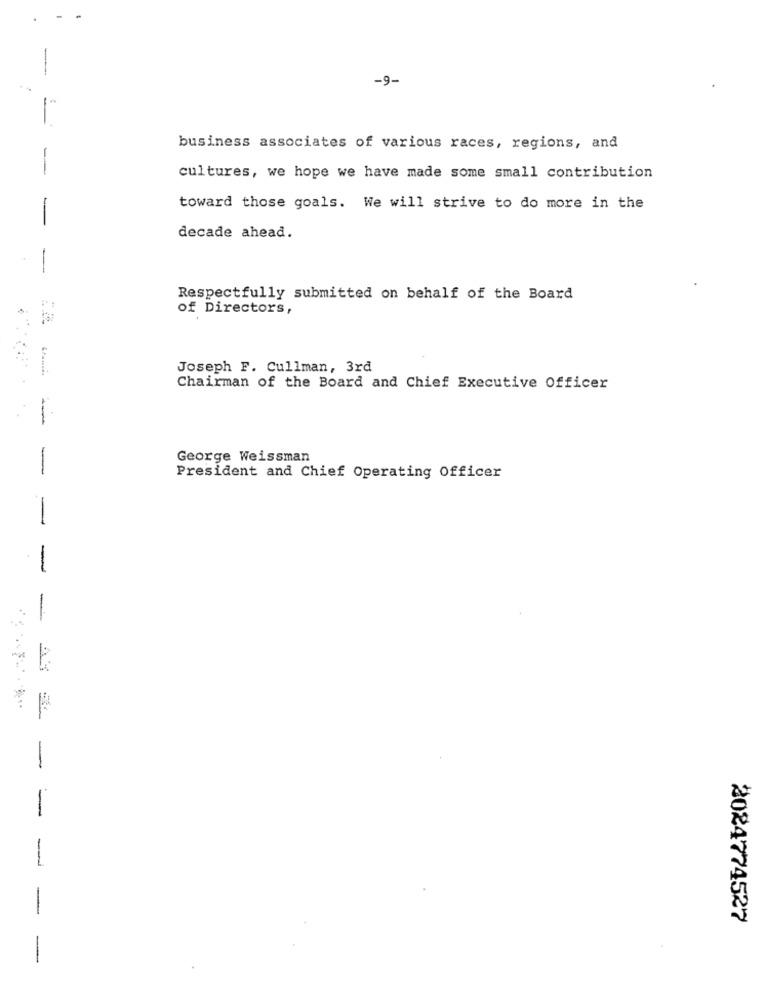
-9-
business associates of various races, regions, and
-
cultures, we hope we have made some small contribution
toward those goals. We will strive to do more in the
-
decade ahead.
Respectfully submitted on behalf of the Board
of Directors,
Joseph F. Cullman, 3rd
Chairman of the Board and Chief Executive Officer
-
George Weissman
President and Chief Operating Officer
-
-
-
-
-
2024774527
-